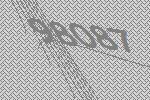
98087